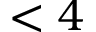
< 4